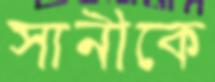
সানীকে